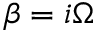
\beta = i \Omega